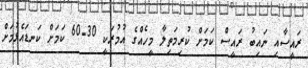
ރައީސާއި ނައިބު ރައީސް ކަމަށް ކުރިމަތިލާ މީހެއްގެ އުމުރަކީ 30-60 ކަމަށް ކަނޑައެޅުމަށް